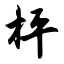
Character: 枰